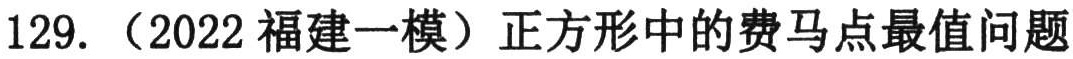
129. （2022福建一模）正方形中的费马点最值问题